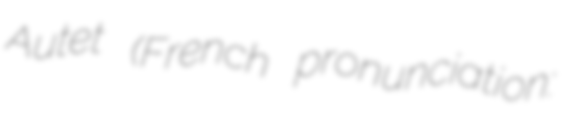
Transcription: Autet (French pronunciation: